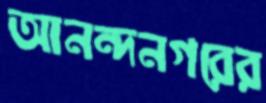
আনন্দনগরের